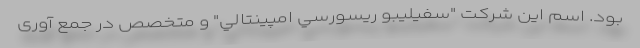
بود. اسم این شرکت "سفيليبو ريسورسي امپينتالي" و متخصص در جمع آوری